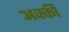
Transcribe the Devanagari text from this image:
अक्की